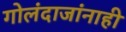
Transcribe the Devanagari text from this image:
गोलंदाजांनाही